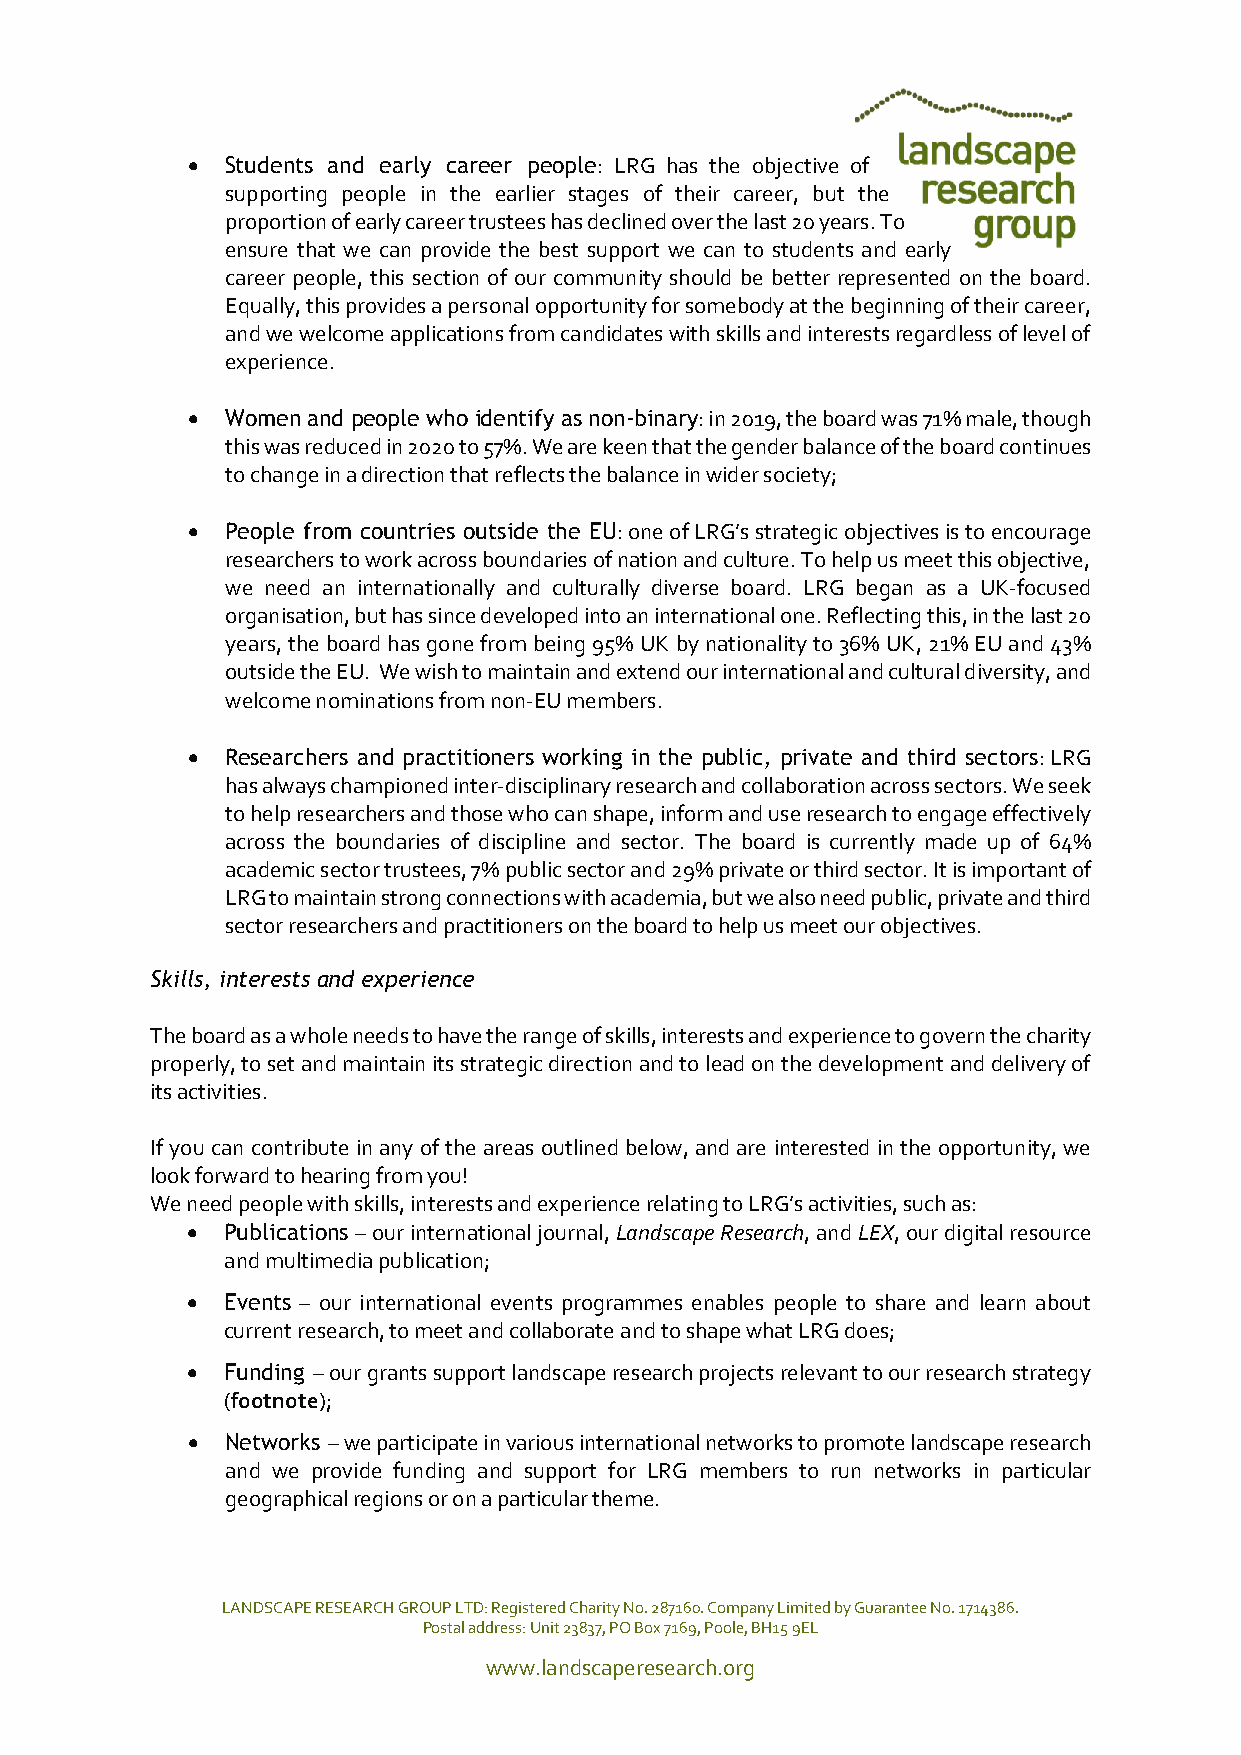
  Students and early career people: LRG has the objective of
 supporting people in the earlier stages of their career, but the
 proportion of early career trustees has declined over the last 20 years. To
 ensure that we can provide the best support we can to students and early
 career people, this section of our community should be better represented on the board.
 Equally, this provides a personal opportunity for somebody at the beginning of their career,
 and we welcome applications from candidates with skills and interests regardless of level of
 experience.
   Women and people who identify as non-binary: in 2019, the board was 71% male, though
 this was reduced in 2020 to 57%. We are keen that the gender balance of the board continues
 to change in a direction that reflects the balance in wider society;
   People from countries outside the EU: one of LRG’s strategic objectives is to encourage
 researchers to work across boundaries of nation and culture. To help us meet this objective,
 we need an internationally and culturally diverse board. LRG began as a UK-focused
 organisation, but has since developed into an international one. Reflecting this, in the last 20
 years, the board has gone from being 95% UK by nationality to 36% UK, 21% EU and 43%
 outside the EU. We wish to maintain and extend our international and cultural diversity, and
 welcome nominations from non-EU members.
   Researchers and practitioners working in the public, private and third sectors: LRG
 has always championed inter-disciplinary research and collaboration across sectors. We seek
 to help researchers and those who can shape, inform and use research to engage effectively
 across the boundaries of discipline and sector. The board is currently made up of 64%
 academic sector trustees, 7% public sector and 29% private or third sector. It is important of
 LRG to maintain strong connections with academia, but we also need public, private and third
 sector researchers and practitioners on the board to help us meet our objectives.
 Skills, interests and experience
 The board as a whole needs to have the range of skills, interests and experience to govern the charity
 properly, to set and maintain its strategic direction and to lead on the development and delivery of
 its activities.
 If you can contribute in any of the areas outlined below, and are interested in the opportunity, we
 look forward to hearing from you!
 We need people with skills, interests and experience relating to LRG’s activities, such as:
   Publications – our international journal, Landscape Research, and LEX, our digital resource
 and multimedia publication;
   Events – our international events programmes enables people to share and learn about
 current research, to meet and collaborate and to shape what LRG does;
   Funding – our grants support landscape research projects relevant to our research strategy
 (footnote);
   Networks – we participate in various international networks to promote landscape research
 and we provide funding and support for LRG members to run networks in particular
 geographical regions or on a particular theme.
 LANDSCAPE RESEARCH GROUP LTD: Registered Charity No. 287160. Company Limited by Guarantee No. 1714386.
 Postal address: Unit 23837, PO Box 7169, Poole, BH15 9EL
 www.landscaperesearch.org